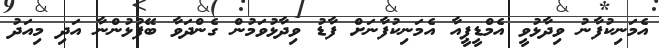
އެމަނިކުފާނު ވިދާޅުވީ އެމްޑީޕީއާ އެމަނިކުފާނަށް ފާޑު ވިދާޅުވަމުން ގެންދަވާ ބޭފުޅުންނާ އަދި މިއަދު